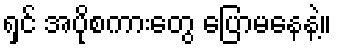
ရှင် အပိုစကားတွေ ပြောမနေနဲ့။